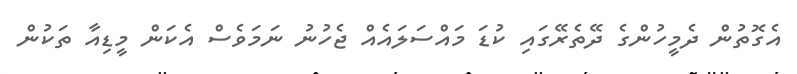
އެގޮތުން ދެމީހުންގެ ދޭތެރޭގައި ކުޑަ މައްސަލައެއް ޖެހުނު ނަމަވެސް އެކަން މީޑިއާ ތަކުން